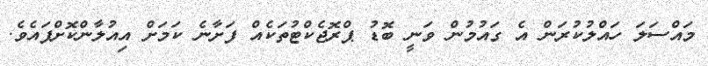
މައްސަލަ ހައްލުކުރަން އެ ގައުމުން ވަނީ ބޮޑު ޕްރޮޖެކްޓުތަކެއް ފަށާނެ ކަމަށް އިއުލާންކޮށްފައެވެ.